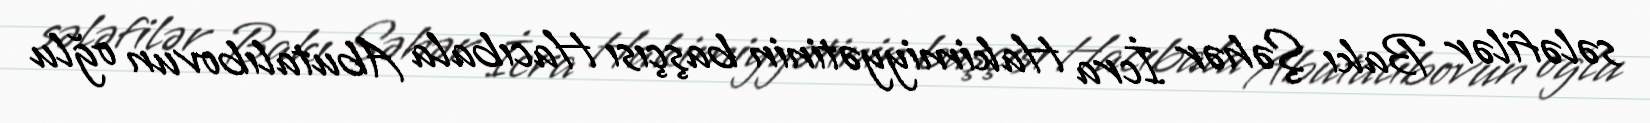
sələfilər Bakı Şəhər İcra Hakimiyyətinin başçısı Hacıbala Abutalıbovun oğlu